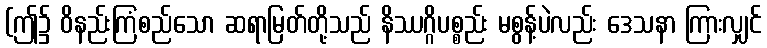
(ဤ၌ ဝိနည်းကြံစည်သော ဆရာမြတ်တို့သည် နိဿဂ္ဂိပစ္စည်း မစွန့်ပဲလည်း ဒေသနာ ကြားလျှင်